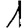
Digit: 1